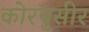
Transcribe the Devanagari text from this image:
कोरबुसीर